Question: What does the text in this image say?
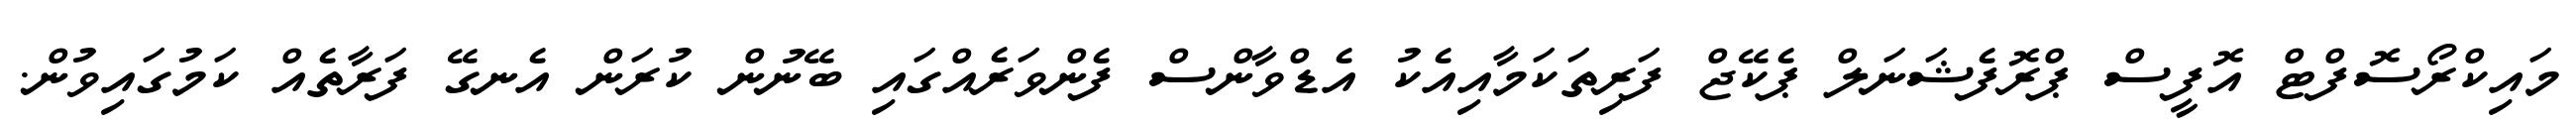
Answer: މައިކްރޯސޮފްޓް އޮފީސް ޕްރޮފެޝަނަލް ޕެކޭޖް ފަރިތަކަމާއިއެކު އެޑްވާންސް ފެންވަރެއްގައި ބޭނުން ކުރަން އެނގޭ ފަރާތެއް ކަމުގައިވުން.